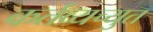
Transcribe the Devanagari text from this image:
कर्तव्यच्युत